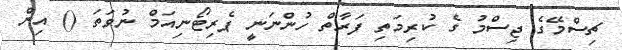
ޗިސްމޭގެ ޖިސްމު ގެ ކުރިމަތި ފަރާތް ހުންނަނީ ޕެރިޓޯނިއަމް ނުވަތަ () އިން